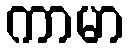
ကာမာ